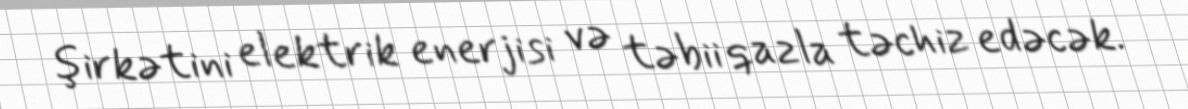
şirkətini elektrik enerjisi və təbii qazla təchiz edəcək.